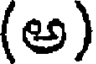
(అ)